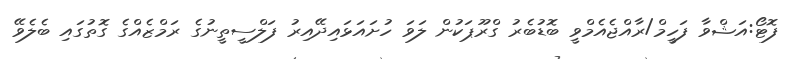
ފޮޓޯ:އަޝްވާ ފަހީމް/ރާއްޖެއެމްވީ ބޮޑުބެރު ގްރޫޕަކުން ލަވަ ހުށައަޅައިދޭއިރު ފަލްސީތީނުގެ ރަމްޒެއްގެ ގޮތުގައި ބެލެވޭ